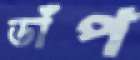
ডাঁপ